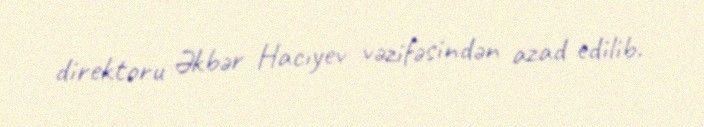
direktoru Əkbər Hacıyev vəzifəsindən azad edilib.